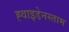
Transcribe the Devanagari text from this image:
ह्वाइडेनस्ताम